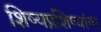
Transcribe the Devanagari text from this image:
शिष्यप्रशिष्यांना